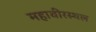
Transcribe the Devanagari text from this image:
महावीरस्थल